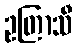
ဥတြာသီ